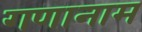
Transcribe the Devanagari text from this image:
गणानाम